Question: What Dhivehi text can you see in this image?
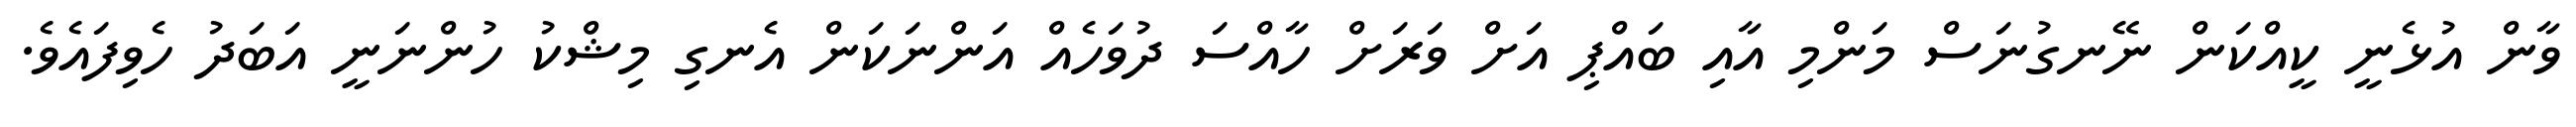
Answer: ވާން އުޅެނީ ކީއްކަން ނޭނގުނަސް މަންމި އާއި ބައްޕި އަށް ވަރަށް ހާއްސަ ދުވަހެއް އަންނަކަން އެނގި މިޝްކު ހުންނަނީ އަބަދު ހެވިފައެވެ.